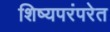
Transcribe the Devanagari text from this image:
शिष्यपरंपरेत